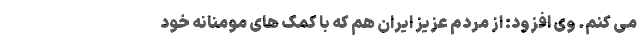
می کنم. وی افزود: از مردم عزیز ایران هم که با کمک های مومنانه خود